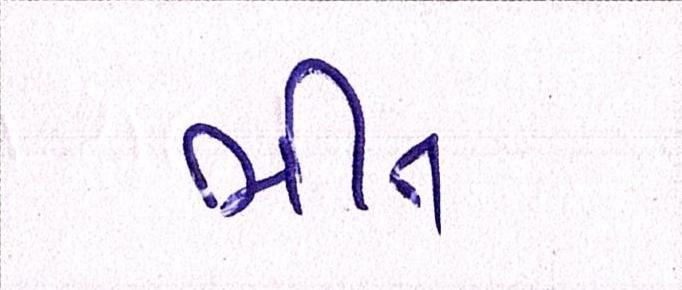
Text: ભીંત